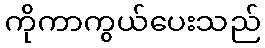
ကိုကာကွယ်ပေးသည်